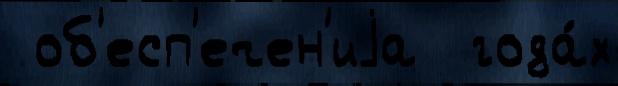
 об'есп'ечен'иjа  года́х